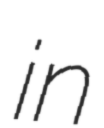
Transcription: in